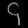
Digit: ၄